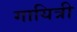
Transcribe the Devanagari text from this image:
गायित्री